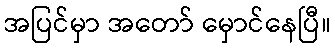
အပြင်မှာ အတော် မှောင်နေပြီ။